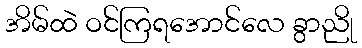
အိမ်ထဲ ဝင်ကြရအောင်လေ ခွာညို